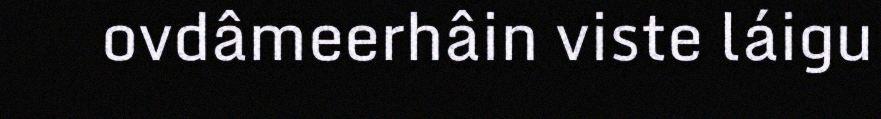
ovdâmeerhâin viste láigu